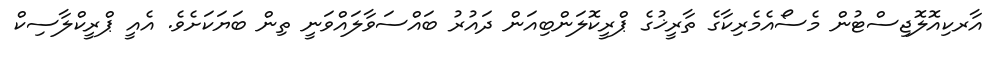
އާރކިއޮލޮޖިސްޓުން މެސޯއެމެރިކާގެ ތާރީޚުގެ ޕްރީކޮލަންބިއަން ދައުރު ބައްސަވާލައްވަނީ ތިން ބަޔަކަށެވެ. އެއީ ޕްރީކްލާސިކް